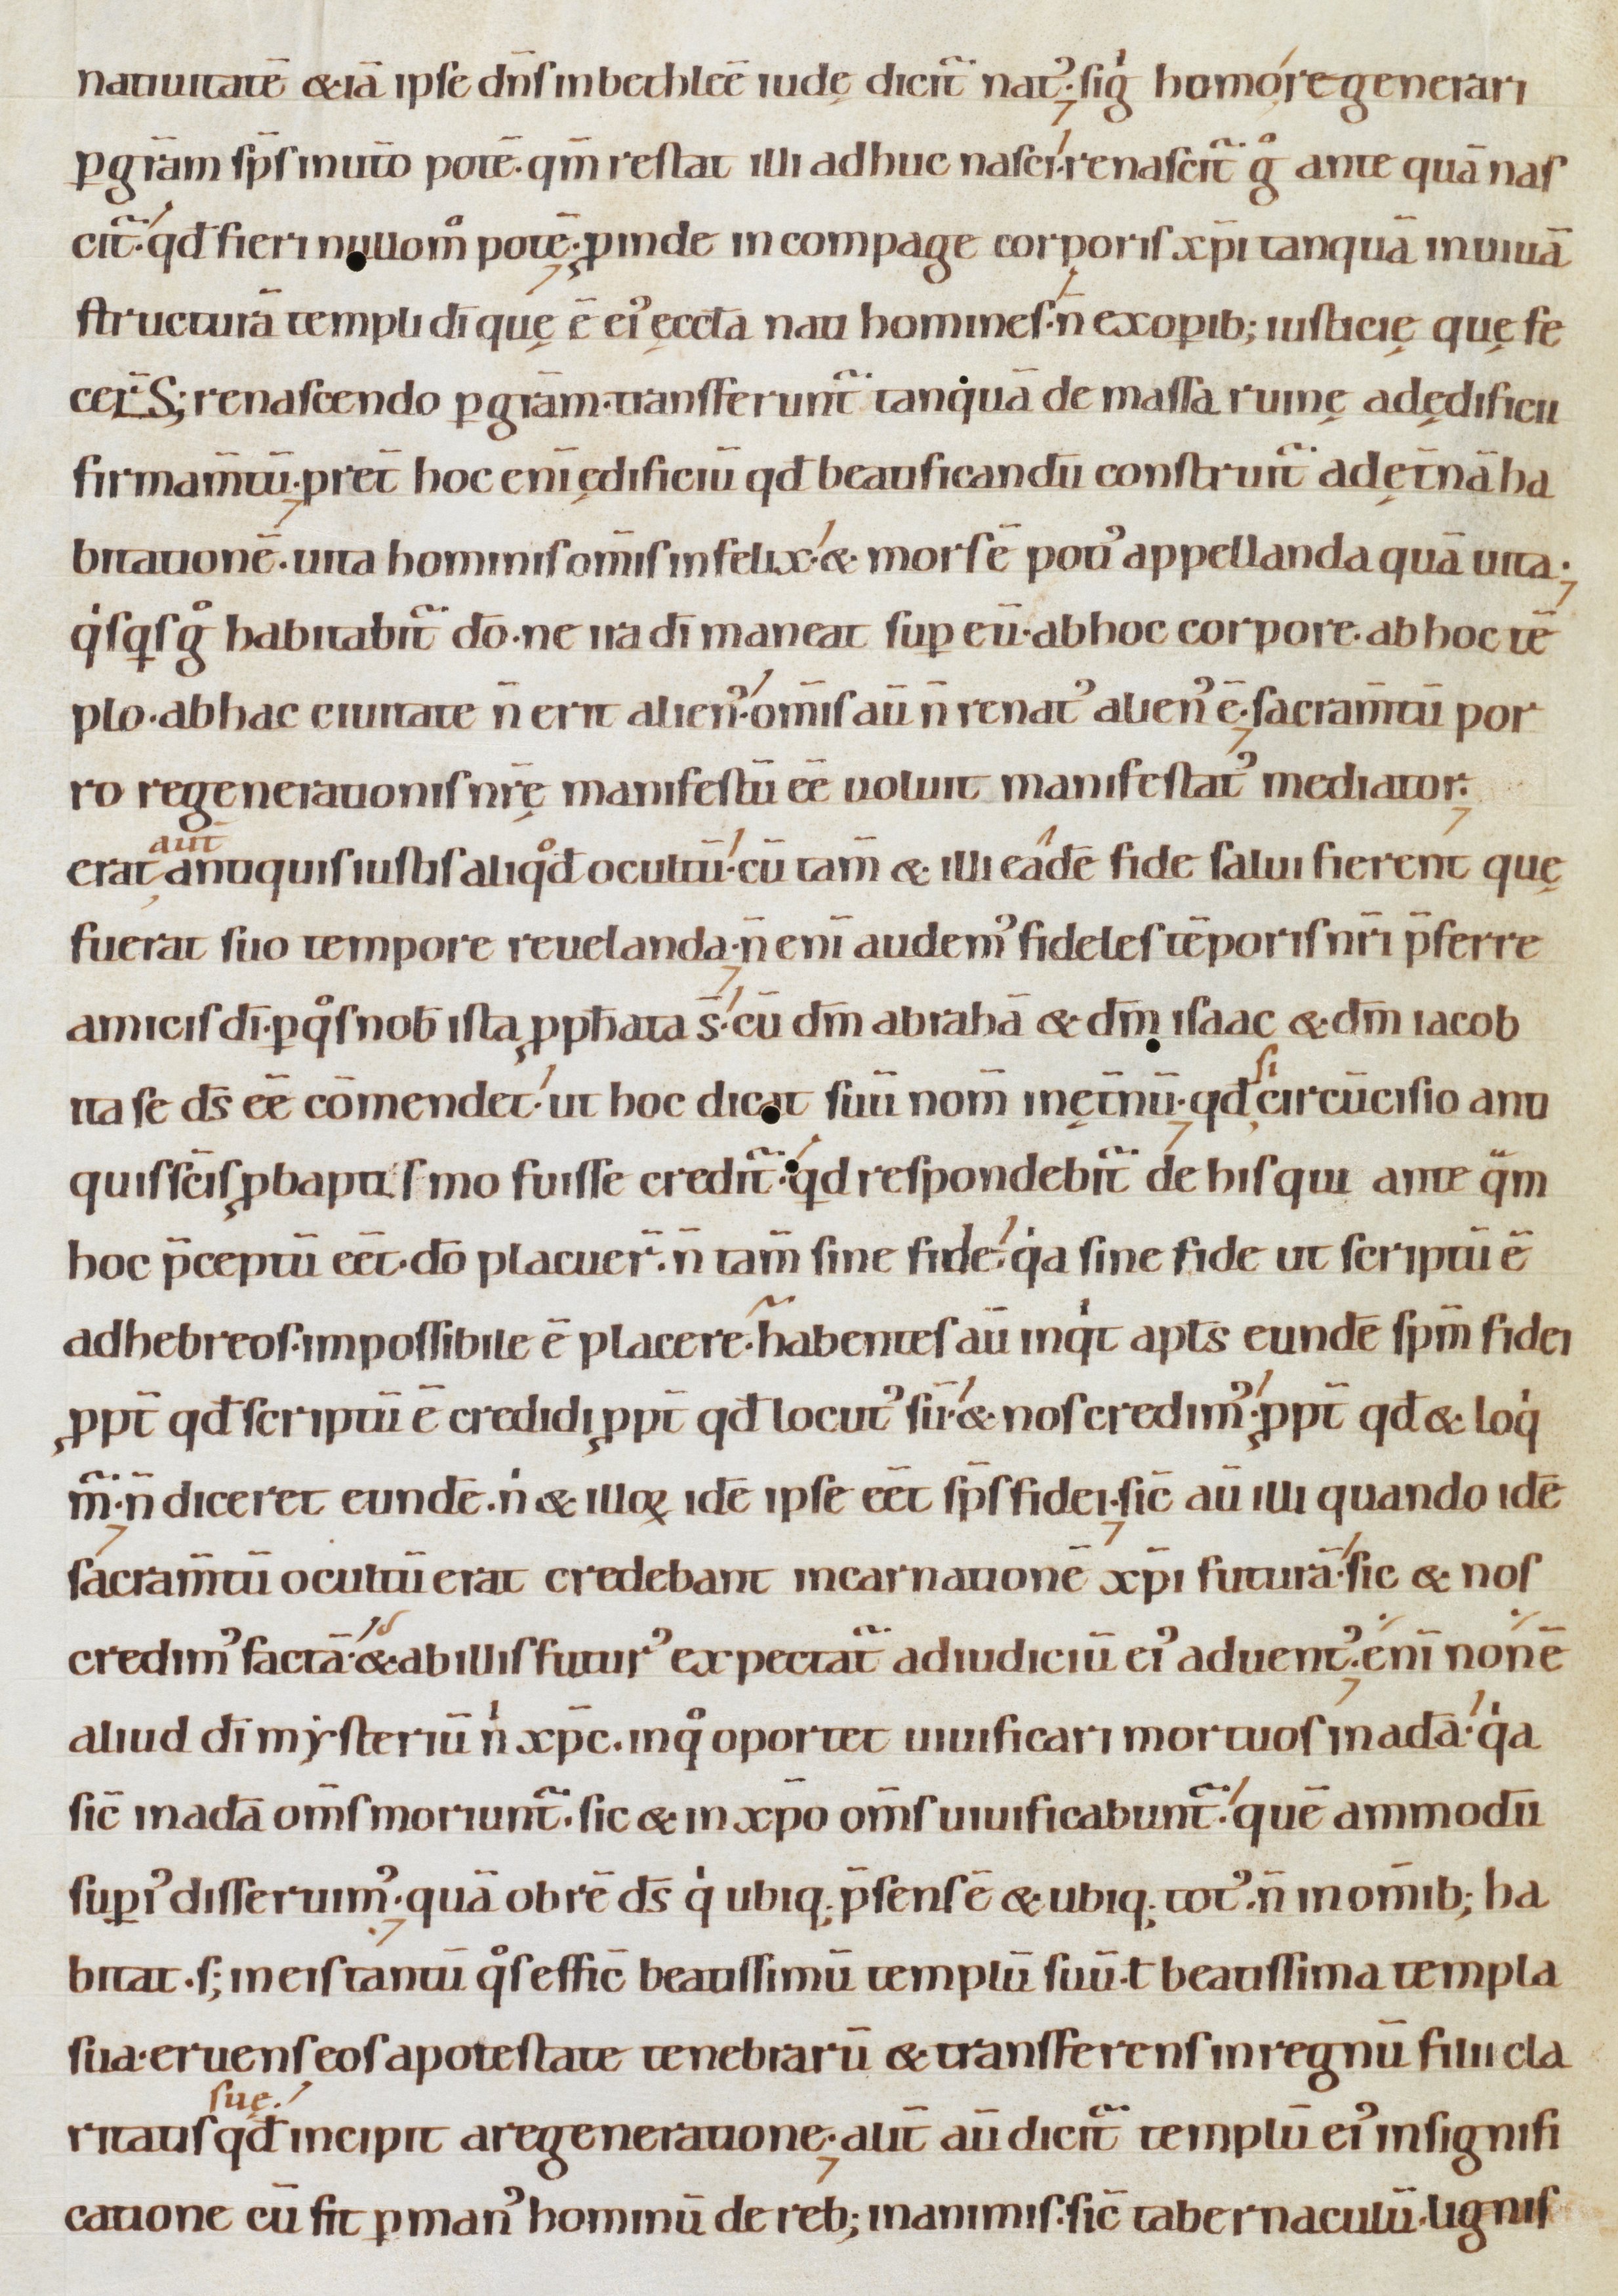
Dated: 1080–1096